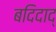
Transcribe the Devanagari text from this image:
बदिदाद्